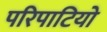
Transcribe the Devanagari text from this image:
परिपाटियो